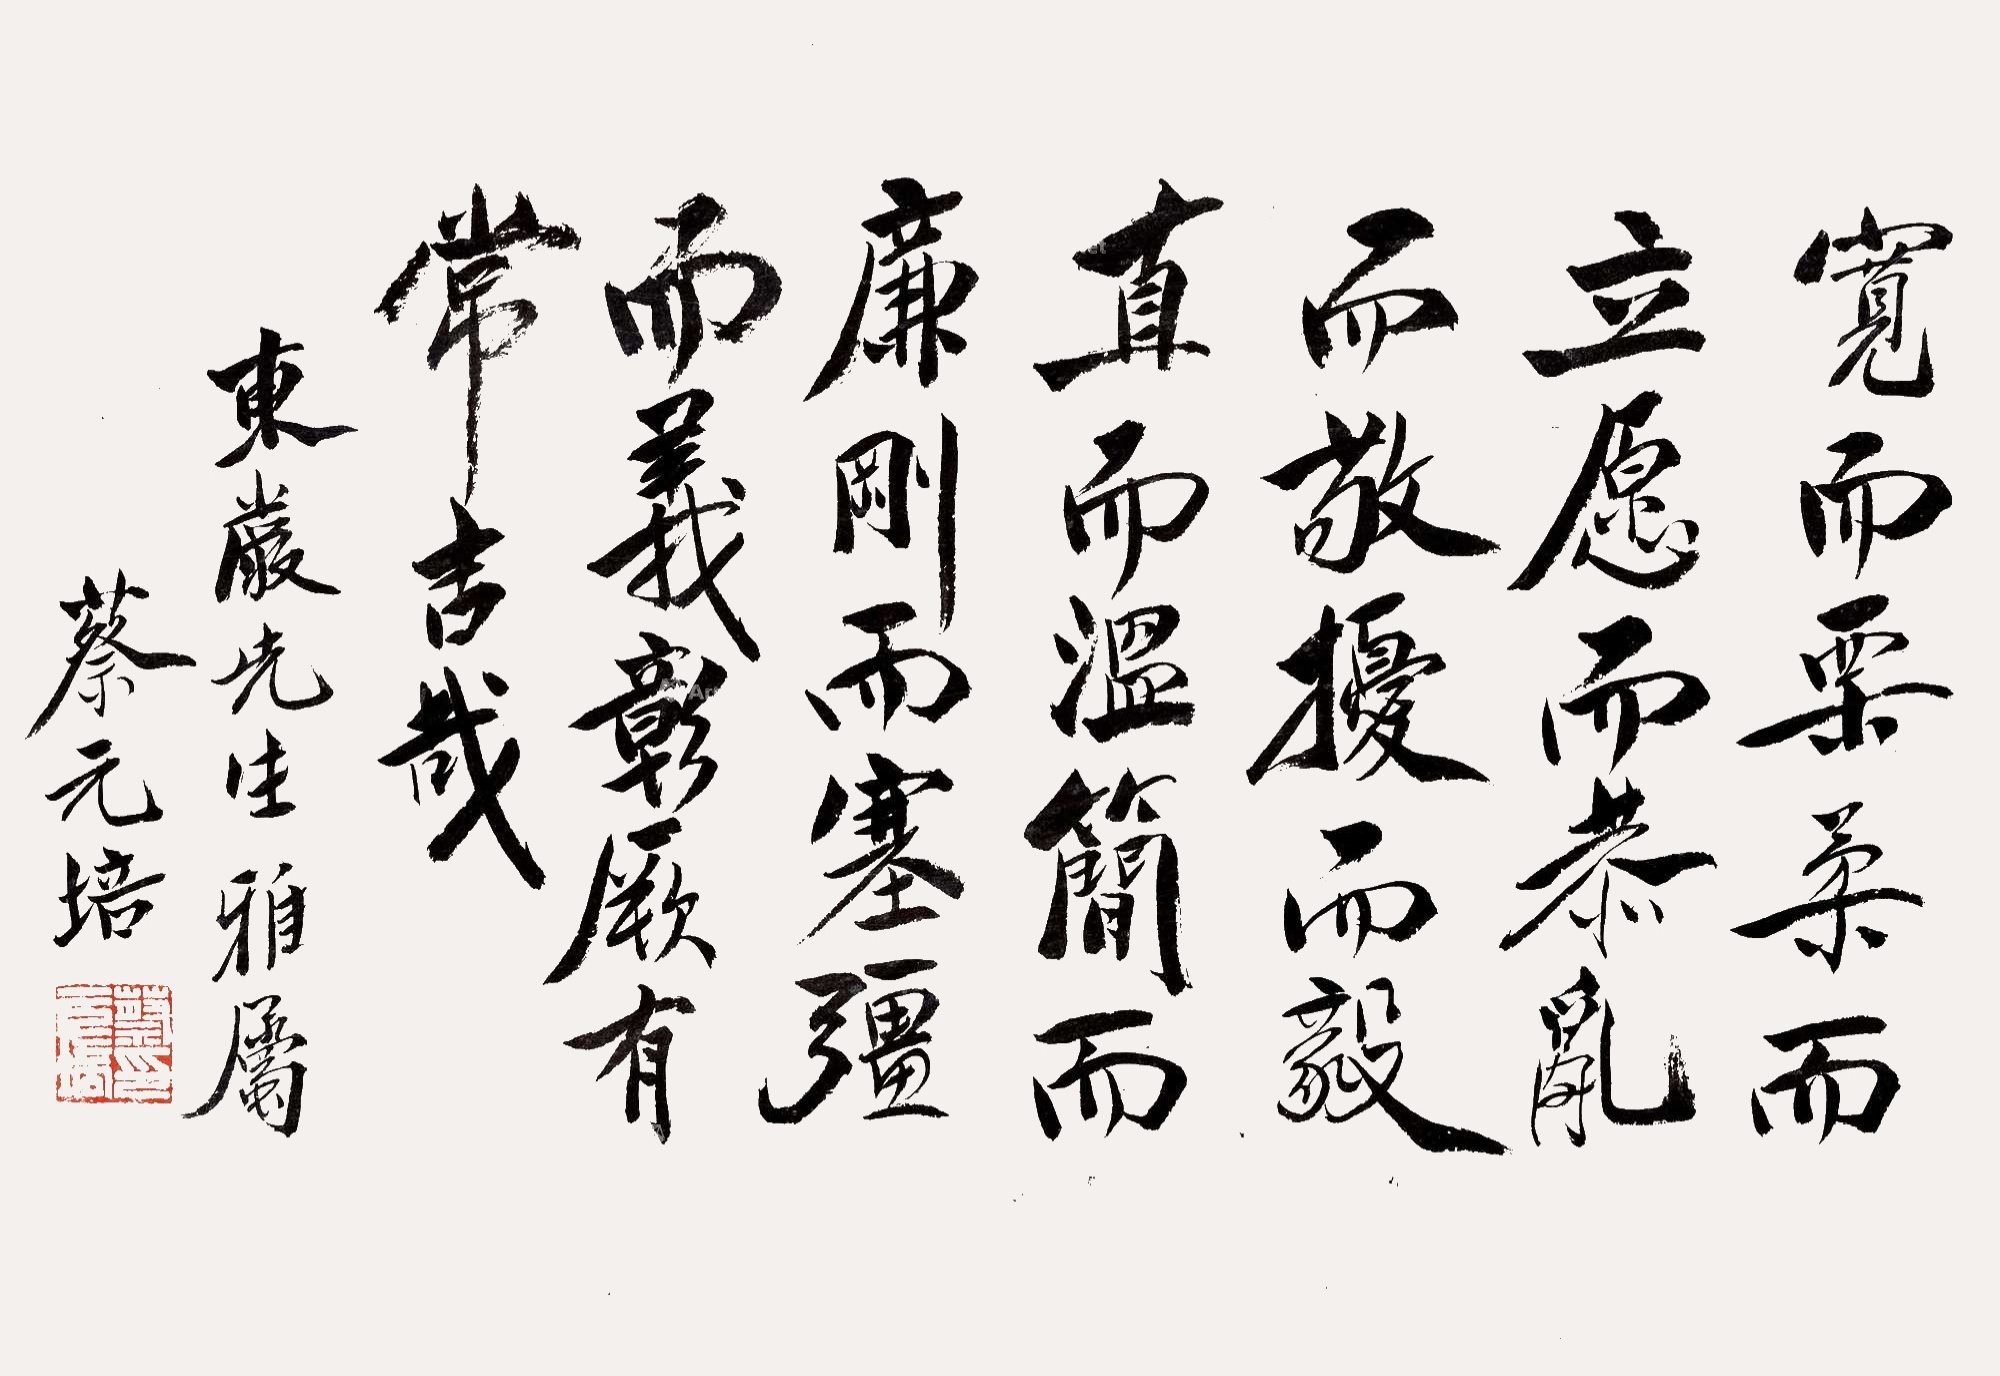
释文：宽而栗，柔而立，愿而恭，乱而敬，扰而毅，直而温，简而廉，刚而塞，强而义。彰厥有常，吉哉。东岩先生雅属，蔡元培。